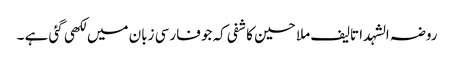
روضہ الشہدا تالیف ملا حسین کاشفی کہ جو فارسی زبان میں لکھی گئی ہے ۔